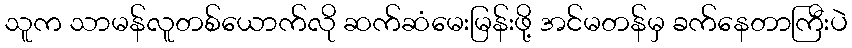
သူက သာမန်လူတစ်ယောက်လို ဆက်ဆံမေးမြန်းဖို့ အင်မတန်မှ ခက်နေတာကြီးပဲ